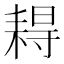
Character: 䎪